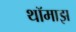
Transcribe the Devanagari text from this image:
थॉमाझ